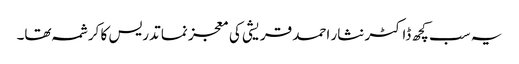
یہ سب کچھ ڈاکٹر نثار احمد قریشی کی معجز نما تدریس کا کرشمہ تھا۔